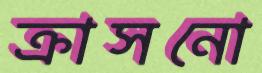
ক্রাসনো